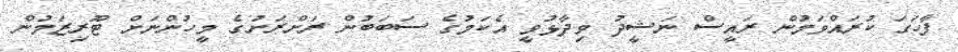
ފާހަގަ ކުރައްވަމުން ރައީސް ނަޝީދު ވިދާޅުވީ އެކަމުގެ ސަބަބުން ރަށްރަށުގެ މީހުންނަށް ޓޫރިޒަމުން